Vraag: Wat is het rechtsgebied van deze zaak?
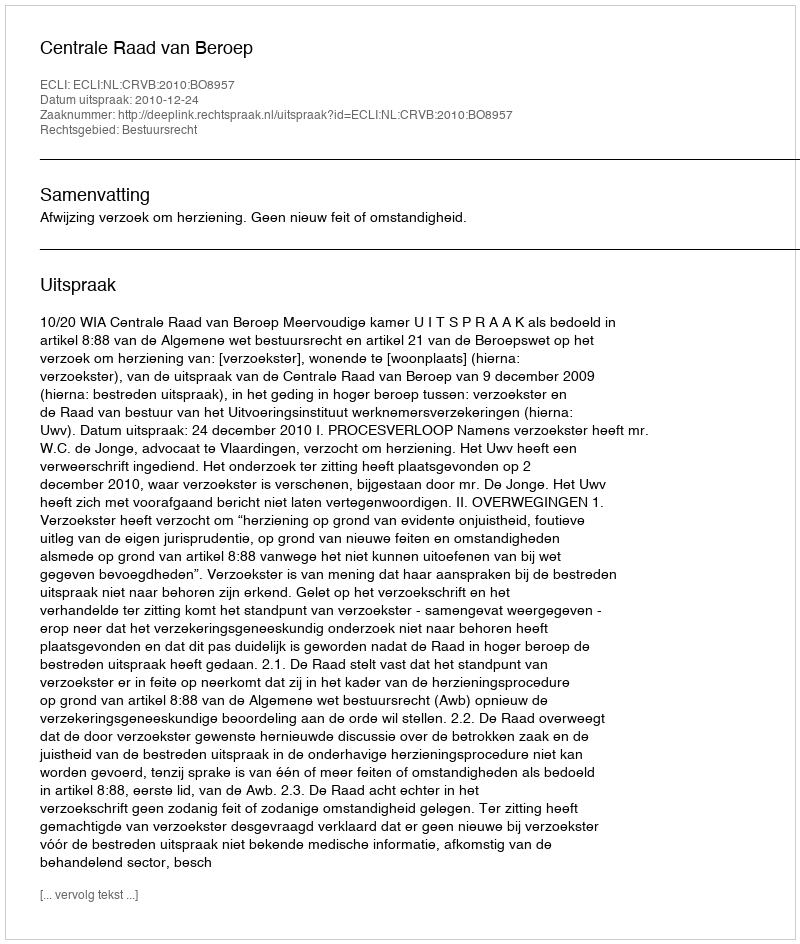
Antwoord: Bestuursrecht